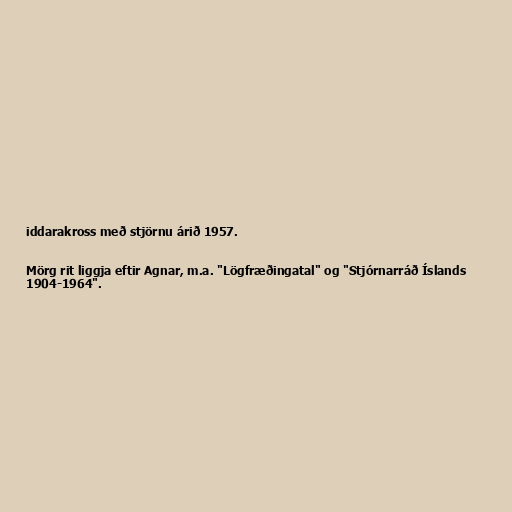
iddarakross með stjörnu árið 1957.

Mörg rit liggja eftir Agnar, m.a. "Lögfræðingatal" og "Stjórnarráð Íslands
1904-1964".